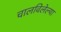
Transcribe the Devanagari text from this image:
चालविलेल्‍या